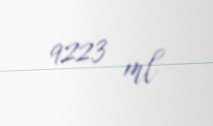
9223 ml